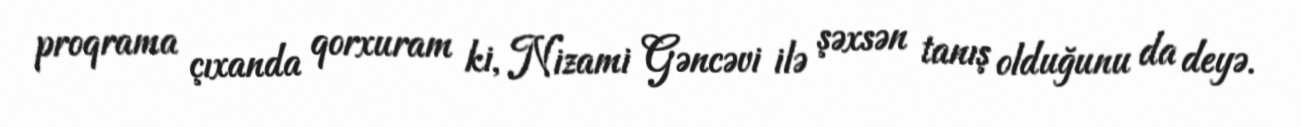
proqrama çıxanda qorxuram ki, Nizami Gəncəvi ilə şəxsən tanış olduğunu da deyə.